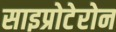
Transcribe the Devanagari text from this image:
साइप्रोटेरोन